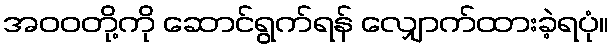
အဝဝတို့ကို ဆောင်ရွက်ရန် လျှောက်ထားခဲ့ရပုံ။